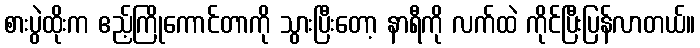
စားပွဲထိုးက ဧည့်ကြိုကောင်တာကို သွားပြီးတော့ နာရီကို လက်ထဲ ကိုင်ပြီးပြန်လာတယ်။